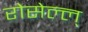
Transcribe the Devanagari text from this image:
रोसेल्ल्